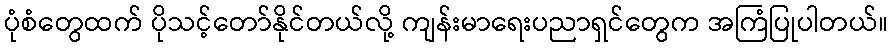
ပုံစံတွေထက် ပိုသင့်တော်နိုင်တယ်လို့ ကျန်းမာရေးပညာရှင်တွေက အကြံပြုပါတယ်။